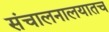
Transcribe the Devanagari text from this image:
संचालनालयातच